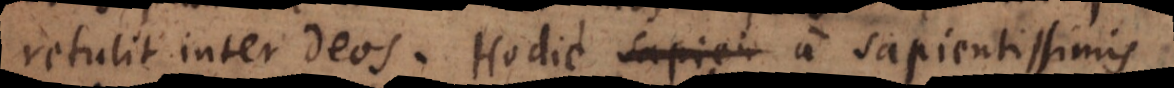
retulit inter Deos. Hodie a sapientissimis